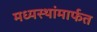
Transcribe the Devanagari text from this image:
मध्यस्थांमार्फत